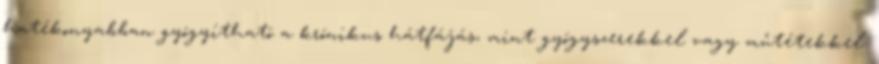
hatékonyabban gyógyítható a krónikus hátfájás, mint gyógyszerekkel vagy műtétekkel.